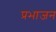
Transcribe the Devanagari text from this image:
प्रभाजन